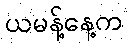
ယမန့်နေ့က